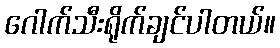
ဂေါက်သီးရိုက်ချင်ပါတယ်။